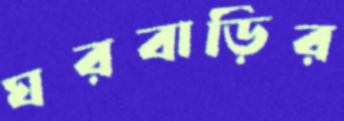
ঘরবাড়ির